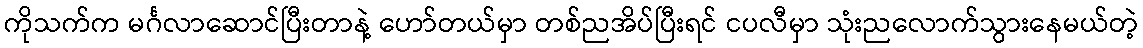
ကိုသက်က မင်္ဂလာဆောင်ပြီးတာနဲ့ ဟော်တယ်မှာ တစ်ညအိပ်ပြီးရင် ငပလီမှာ သုံးညလောက်သွားနေမယ်တဲ့